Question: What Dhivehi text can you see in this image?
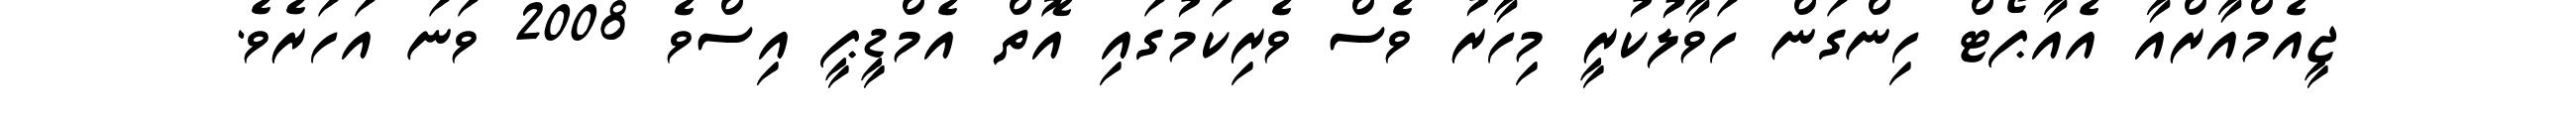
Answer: ޖީއެމްއާރްއާ އެއާޕޯޓް ހިންގަން ހަވާލުކުރީ މިހާރު ވެސް ވެރިކަމުގައި އޮތް އެމްޑީޕީ އިސްވެ 2008 ވަނަ އަހަރެވެ.